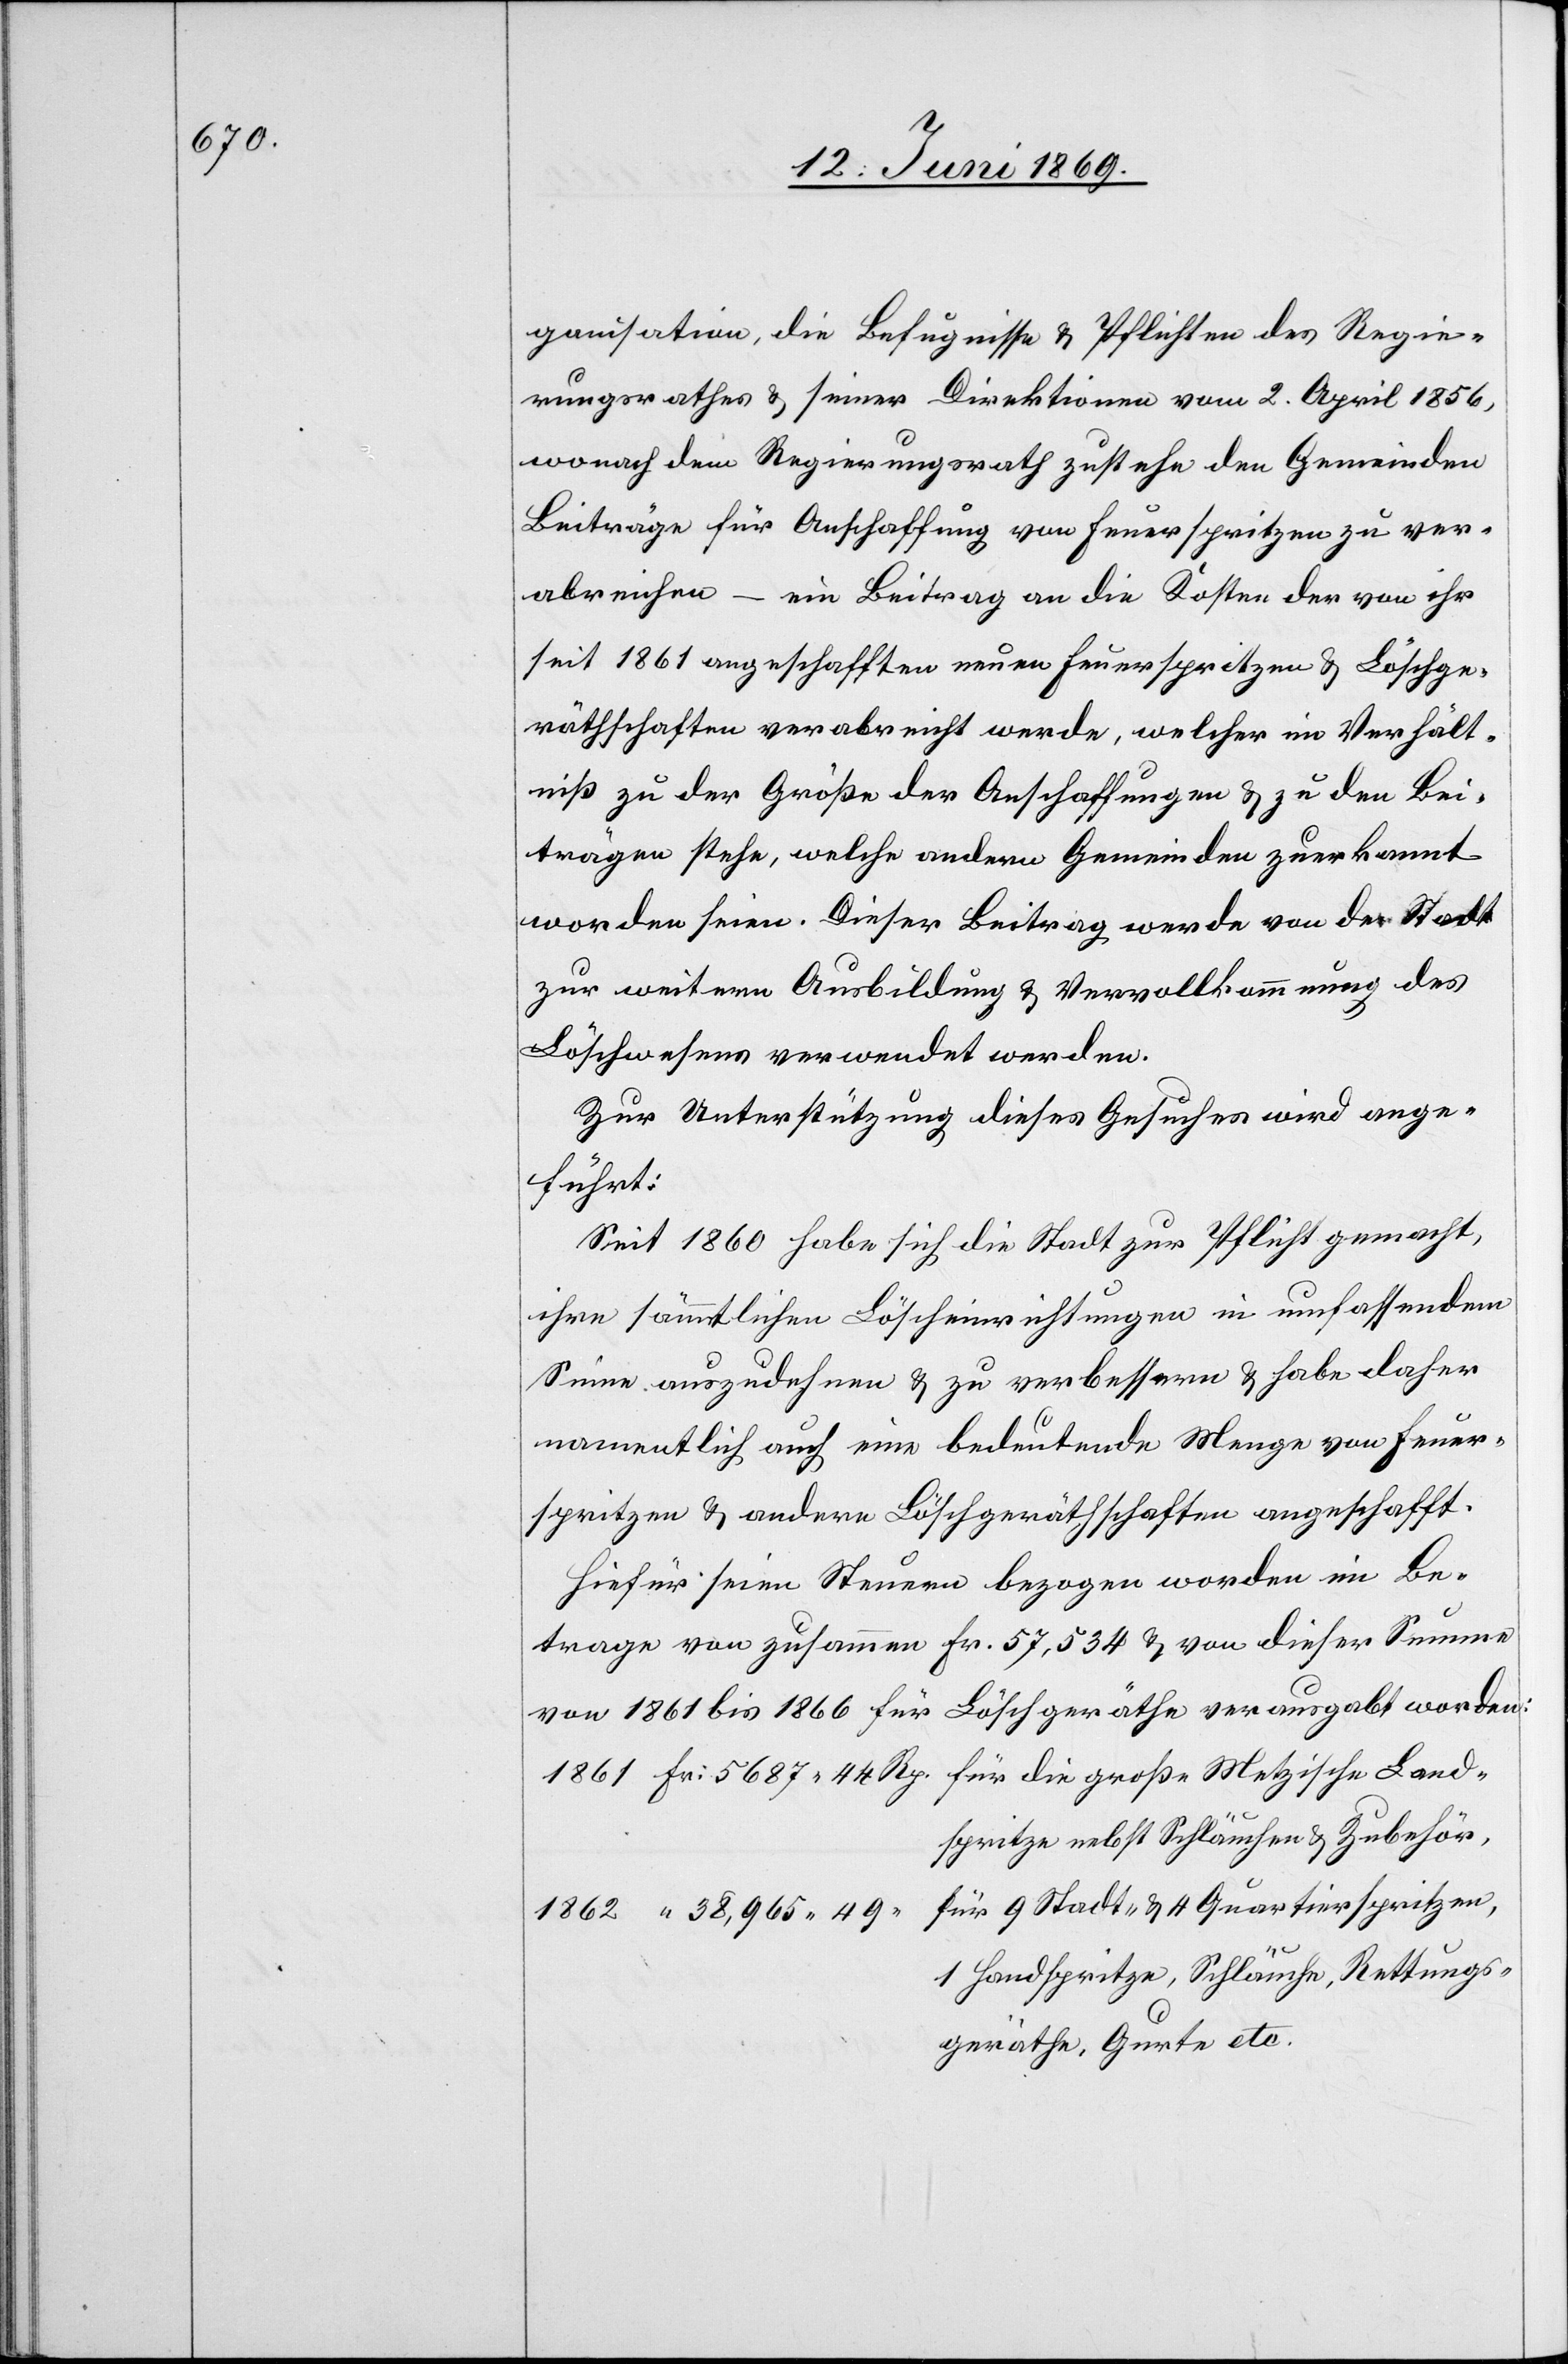
ganisation, die Befugnisse u. Pflichten des Regie¬
rungsrathes u. seiner Direktionen vom 2. April 1856,
wonach dem Regierungsrath zustehe den Gemeinden
Beiträge für Anschaffung von Feuerspritzen zu ver¬
abreichen – ein Beitrag an die Kosten der von ihr
seit 1861 angeschafften neuen Feuerspritzen u. Löschge¬
räthschaften verabreicht werde, welcher im Verhält¬
niß zu der Größe der Anschaffungen u. zu den Bei¬
trägen stehe, welche andern Gemeinden zuerkannt
worden seien. Dieser Beitrag werde von der Stadt
zur weitern Ausbildung u. Vervollkommnung des
Löschwesens verwendet werden.
Zur Unterstützung dieses Gesuches wird ange¬
Rettungs¬
Seit 1860 habe sich die Stadt zur Pflicht gemacht,
ihre sämmtlichen Löscheinrichtungen in umfassendem
Sinne auszudehnen u. zu verbessern u. habe daher
namentlich auch eine bedeutende Menge von Feuer¬
spritzen u. andern Löschgeräthschaften angeschafft.
Hiefür seien Steuern bezogen worden im Be¬
trage von zusammen Fr. 57,534 u. von dieser Summe
von 1861 bis 1866 für Löschgeräthe verausgabt worden:
1861 Fr.: 5687.44 Rp. für die große Metzische Land¬
spritze nebst Schläuchen u. Zubehör,
für 9 Stadt- u. 4 Quartierspritzen,
1862 “ 38,965.49
geräthe, Gurte etc.